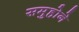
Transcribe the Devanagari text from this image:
समुहोने